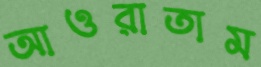
আওরাতাম